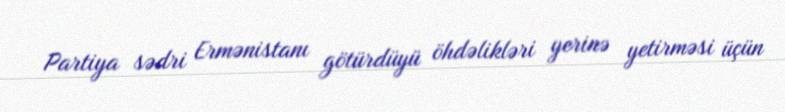
Partiya sədri Ermənistanı götürdüyü öhdəlikləri yerinə yetirməsi üçün